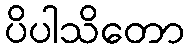
ပိပါသိတော